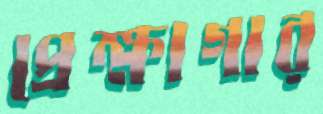
প্রেক্ষাগার